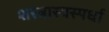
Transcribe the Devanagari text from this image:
शस्त्रास्त्रस्पर्धा